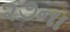
૨૭ના